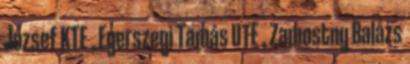
József KTE , Egerszegi Tamás UTE , Zamostny Balázs